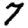
Digit: 7